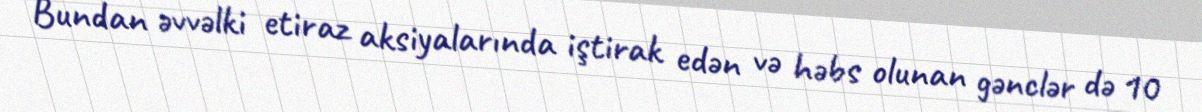
Bundan əvvəlki etiraz aksiyalarında iştirak edən və həbs olunan gənclər də 10